Indian journal of veterinary science and animal husbandry - Volume 10,
Year: 1940
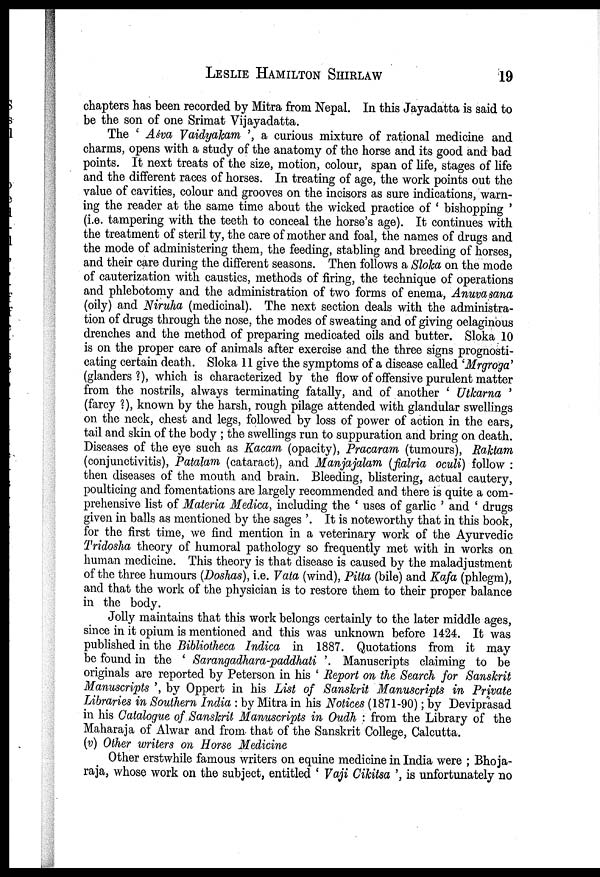
LESLIE HAMILTON SHIRLAW 19
chapters has been recorded by Mitra from Nepal. In this Jayadatta is said to
be the son of one Srimat Vijayadatta.
The ' Aśva Vaidyakam ', a curious mixture of rational medicine and
charms, opens with a study of the anatomy of the horse and its good and bad
points. It next treats of the size, motion, colour, span of life, stages of life
and the different races of horses. In treating of age, the work points out the
value of cavities, colour and grooves on the incisors as sure indications, warn
ing the reader at the same time about the wicked practice of ' bishopping '
(i.e. tampering with the teeth to conceal the horse's age). It continues with
the treatment of steril ty, the care of mother and foal, the names of drugs and
the mode of administering them, the feeding, stabling and breeding of horses,
and their care during the different seasons. Then follows a Sloka on the mode
of cauterization with caustics, methods of firing, the technique of operations
and phlebotomy and the administration of two forms of enema, Anuvasana
(oily) and Niruha (medicinal). The next section deals with the administra
tion of drugs through the nose, the modes of sweating and of giving oelaginous
drenches and the method of preparing medicated oils and butter. Sloka 10
is on the proper care of animals after exercise and the three signs prognosti
cating certain death. Sloka 11 give the symptoms of a disease called 'Mrgroga'
(glanders ?), which is characterized by the flow of offensive purulent matter
from the nostrils, always terminating fatally, and of another ' Utkarna '
(farcy ?), known by the harsh, rough pilage attended with glandular swellings
on the neck, chest and legs, followed by loss of power of action in the ears,
tail and skin of the body ; the swellings run to suppuration and bring on death.
Diseases of the eye such as Kacam (opacity), Pracaram (tumours), Raktam
(conjunctivitis), Patalam (cataract), and Manjajalam (fialria oculi) follow :
then diseases of the mouth and brain. Bleeding, blistering, actual cautery,
poulticing and fomentations are largely recommended and there is quite a com
prehensive list of Materia Medica, including the ' uses of garlic ' and ' drugs
given in balls as mentioned by the sages '. It is noteworthy that in this book,
for the first time, we find mention in a veterinary work of the Ayurvedic
Tridosha theory of humoral pathology so frequently met with in works on
human medicine. This theory is that disease is caused by the maladjustment
of the three humours (Doshas), i.e. Vata (wind), Pitta (bile) and Kafa (phlegm),
and that the work of the physician is to restore them to their proper balance
in the body.
Jolly maintains that this work belongs certainly to the later middle ages,
since in it opium is mentioned and this was unknown before 1424. It was
published in the Bibliotheca Indica in 1887. Quotations from it may
be found in the ' Sarangadhara-paddhati '. Manuscripts claiming to be
originals are reported by Peterson in his ' Report on the Search for Sanskrit
Manuscripts ', by Oppert in his List of Sanskrit Manuscripts in Private
Libraries in Southern India : by Mitra in his Notices (1871-90); by Deviprasad
in his Catalogue of Sanskrit Manuscripts in Oudh : from the Library of the
Maharaja of Alwar and from that of the Sanskrit College, Calcutta.
(v) Other writers on Horse Medicine
Other erstwhile famous writers on equine medicine in India were ; Bhoja¬
raja, whose work on the subject, entitled ' Vaji Cikitsa ', is unfortunately no